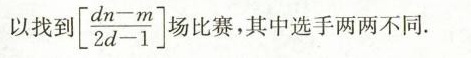
以找到 \left[ \frac{dn-m}{2d-1}\right] 比赛，其中选手两两不同。